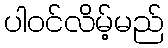
ပါဝင်လိမ့်မည်